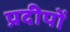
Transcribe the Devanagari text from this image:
प्रदीपों